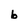
Character: b